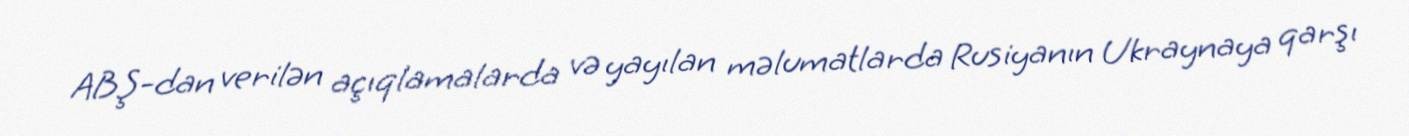
ABŞ-dan verilən açıqlamalarda və yayılan məlumatlarda Rusiyanın Ukraynaya qarşı